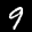
Label: 9